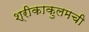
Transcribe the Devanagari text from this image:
श्रीकाकुलमची